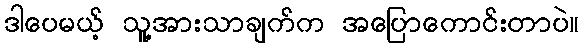
ဒါပေမယ့် သူ့အားသာချက်က အပြောကောင်းတာပဲ။